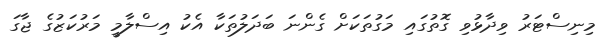
މިނިސްޓަރު ވިދާޅުވި ގޮތުގައި މަގުތަކަށް ގެންނަ ބަދަލުތަކާ އެކު އިސްލާމީ މަރުކަޒުގެ ޖާގަ